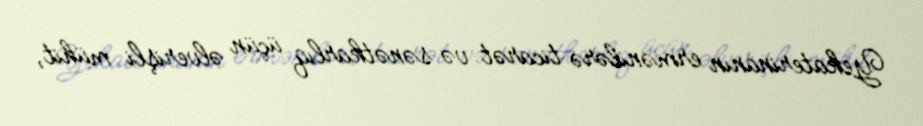
Yekaterinanın ermənilərə ticarət və sənətkarlıq üçün əlverişli mühit,